system: You are a helpful assistant.
user:
Analyze the provided spectrum to determine if it is a **M-type Giant (gM)**.

A M-type Giant spectrum is defined by its **strong molecular absorption** features, particularly from **Titanium Oxide (TiO)**. You must check for one of the following mutually exclusive signatures:

- **Key Visual Indicators (Absorption-Dominated Spectrum):**

    - **(Primary):** The spectrum is dominated by strong molecular absorption from **Titanium Oxide (TiO)**. This is the **defining feature** of its M-type temperature class.
        - **(Key Bandheads):** Look for sharp, "saw-tooth" absorption valleys. The strongest are located near **~7050 Å**, **~6160 Å**, and **~5170 Å**.
        - **(Line Profile):** The "saw-tooth" morphology is critical: a **sharp, steep drop on the BLUE (short-wavelength) side** of the bandhead, followed by a gradual recovery (rising flux) towards the RED (long-wavelength) side.

    - **(Key Confirmation - Giant vs. Dwarf):** **ABSENCE** of strong **Calcium Hydride (CaH)** molecular bands. This is the primary diagnostic for *excluding* M-dwarfs.
        - **(Key Region):** The spectrum should lack the strong, broad absorption band seen in dwarfs between **~6800 Å and ~7000 Å**.

    - **(Secondary Confirmation - Giant):** A very strong and broad **Neutral Calcium (Ca I)** atomic absorption line.
        - **(Key Line):** Located at **~4226 Å**. In a giant (gM), this line is significantly deeper and broader than the same line in an M-dwarf (dM) due to low surface gravity.

    - **(Overall Spectrum):**
        - The continuum is **extremely red-sloping** (i.e., flux is very low in the blue and rises dramatically towards the red).
        - The entire spectrum appears "chopped up" by the deep TiO bands.

Think first, call **spectral_visualization_tool** if needed to examine features in detail, then provide your final answer. Your response must adhere to the following strict rules:
1.  **Overall Structure:** Your response must follow the format `<think>...</think> <tool_call>...</tool_call> (if a tool is used) <answer>...</answer>`.
2.  **Tool Usage Constraint:** You may only make **one** tool call per turn.
3.  **Final Answer Format:** In the `<answer>` tag, your conclusion must be inside a `\boxed{}` command (e.g., `\boxed{YES}` or `\boxed{NO}`), followed by your justification.

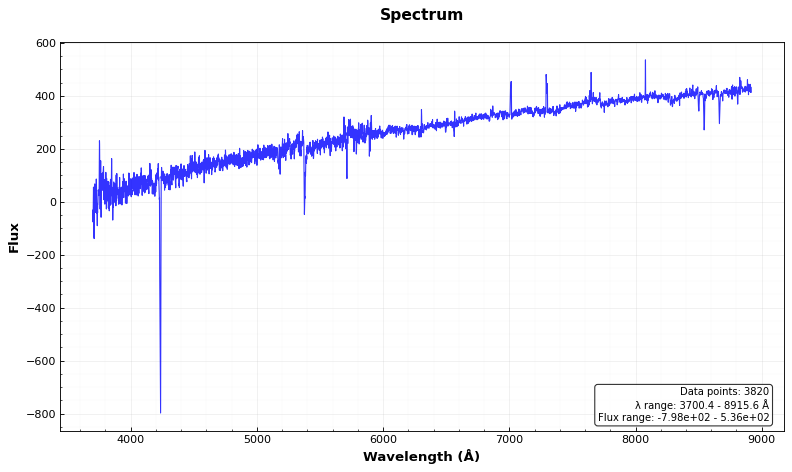
Answer: NO